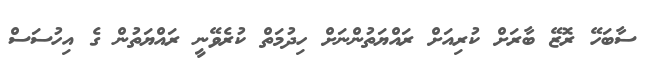
ސާބަހޭ ރޮޒޭ ބާރަށް ކުރިއަށް ރައްޔަތުންނަށް ހިދުމަތް ކުރެވޭނީ ރައްޔަތުން ގެ އިހުސަސް